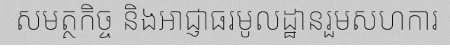
សមត្ថកិច្ច និងអាជ្ញាធរមូលដ្ឋានរួមសហការ